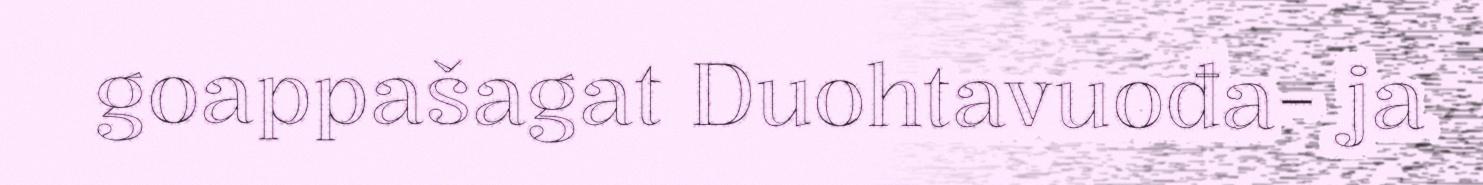
goappašagat Duohtavuođa- ja